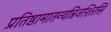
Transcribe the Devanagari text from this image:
प्रतिष्ठामातन्वन्निजशिरसि